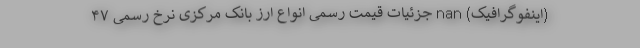
(اینفوگرافیک) nan جزئیات قیمت رسمی انواع ارز بانک مرکزی نرخ رسمی ۴۷